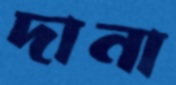
দানা